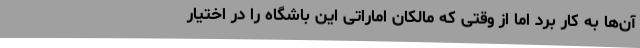
آن‌ها به کار برد اما از وقتی که مالکان اماراتی این باشگاه را در اختیار